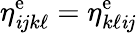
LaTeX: \eta_{\mathit{i}jk\ell}^{\mathrm{{e}}}=\eta_{k\ell\mathit{i}j}^{\mathrm{{e}}}